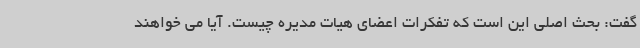
گفت: بحث اصلی این است که تفکرات اعضای هیات مدیره چیست. آیا می خواهند